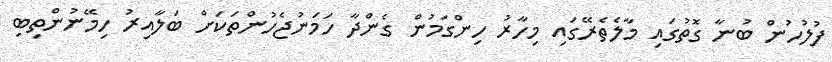
ފުލުހުން ބުނާ ގޮތުގައި މާލެތެރޭގައި މިހާރު ހިންގަމުން ގެންދާ ހަމަނުޖެހުންތަކަށް ބަލާއިރު ހިމޭނުންތިބި